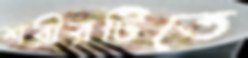
শরীরটিতে